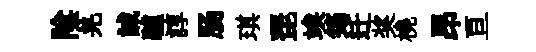
隂羌誠驢諄肠琪琵竢筠迁奖橈昂亘